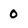
Character: 0